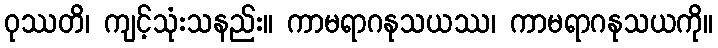
ဝုဿတိ၊ ကျင့်သုံးသနည်း။ ကာမရာဂနုသယဿ၊ ကာမရာဂနုသယကို။